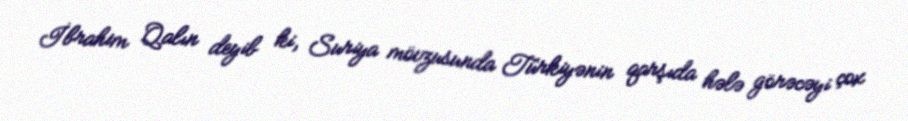
İbrahim Qalın deyib ki, Suriya mövzusunda Türkiyənin qarşıda hələ görəcəyi çox